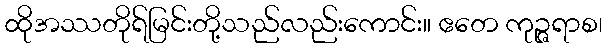
ထိုအဿတိုရ်မြင်းတို့သည်လည်းကောင်း။ ဧတေ ကုဉ္ဇရာစ၊